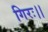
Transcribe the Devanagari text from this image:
गिरः।।